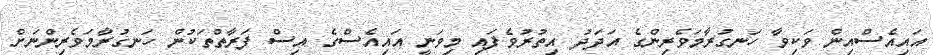
އައިއެސްއިން ވަކިވާ ހަނގުރާމަވެރިންގެ އަދަދު އިތުރުވެފައި މިވަނީ އައިއެސްގެ އިސް ފަރާތްތަކުން ހަނގުރާމަވެރިންނަށް